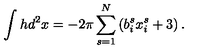
\int h d ^ { 2 } x = - 2 \pi \sum _ { s = 1 } ^ { N } \left( b _ { i } ^ { s } x _ { i } ^ { s } + 3 \right) .